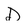
Character: D